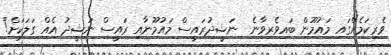
ވެރިކަމެއްގައި މައުމޫން ބައިވެރިވާނެ  ނަޝީދުރައީސް މައުމޫނާއި ރައީސް ނަޝީދު އެއް ގަލަކަށް!